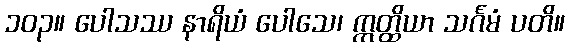
၁၀၃။ ပေါသဿ နာရိယံ ပေါသေ၊ ဣတ္ထိယာ သင်္ဂမံ ပတိ။